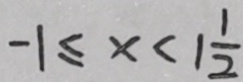
- 1 \leq x < 1 \frac { 1 } { 2 }